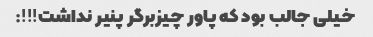
خیلی جالب بود که پاور چیزبرگر پنیر نداشت!!!: